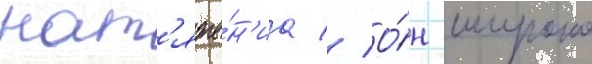
нат'яже́н'иа // О́н широко